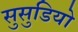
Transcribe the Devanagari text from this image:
सुसुडियो